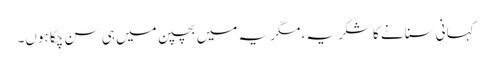
کہانی سنانے کا شکریہ، مگر یہ میں بچپن میں ہی سن چکا ہوں۔